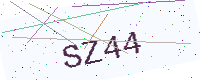
Text: SZ44